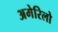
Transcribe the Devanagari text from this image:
अमेरिलो